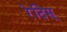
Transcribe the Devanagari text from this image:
रेदिसू